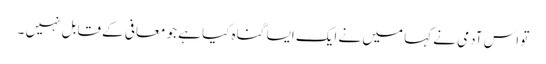
تو اس آدمی نے کہا میں نے ایک ایسا گناہ کیا ہے جو معافی کے قابل نہیں ۔